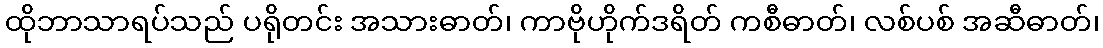
ထိုဘာသာရပ်သည် ပရိုတင်း အသားဓာတ်၊ ကာဗိုဟိုက်ဒရိတ် ကစီဓာတ်၊ လစ်ပစ် အဆီဓာတ်၊